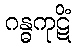
ဂန္ဓကုဋိံ